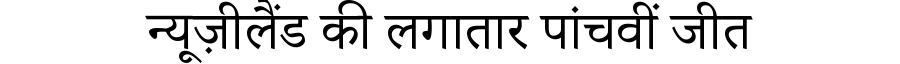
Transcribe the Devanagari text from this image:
न्यूज़ीलैंड की लगातार पांचवीं जीत